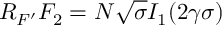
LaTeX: R _ { F ^ { \prime } } F _ { 2 } = N \sqrt { \sigma } I _ { 1 } ( 2 \gamma \sigma )